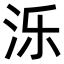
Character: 泺